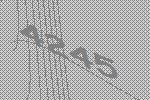
4245